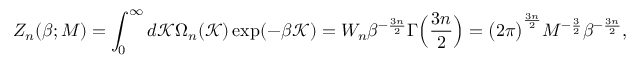
Z _ { n } ( \beta ; M ) = \int _ { 0 } ^ { \infty } d \mathcal { K } \Omega _ { n } ( \mathcal { K } ) \exp ( - \beta \mathcal { K } ) = W _ { n } \beta ^ { - \frac { 3 n } { 2 } } \Gamma \Big ( \frac { 3 n } { 2 } \Big ) = \big ( 2 \pi \big ) ^ { \frac { 3 n } { 2 } } M ^ { - \frac { 3 } { 2 } } \beta ^ { - \frac { 3 n } { 2 } } ,